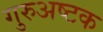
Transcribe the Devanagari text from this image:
गुरुअष्टक